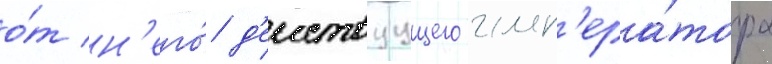
о́т н'его́ д'еиствуущего имп'ера́тора